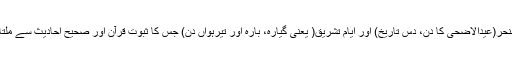
یوم النحر(عیدالاضحیٰ کا دن، دس تاریخ) اور ایام تشریق( یعنی گیارہ، بارہ اور تیرہواں دن) جس کا ثبوت قرآن اور صحیح احادیث سے ملتا ہے۔